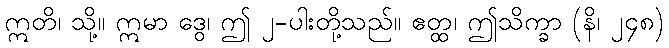
ဣတိ၊ သို့။ ဣမာ ဒွေ၊ ဤ ၂-ပါးတို့သည်။ ဧတ္ထ၊ ဤသိက္ခာ (နိ၊ ၂၄၈)